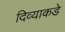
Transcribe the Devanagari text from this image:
दिव्याकडे